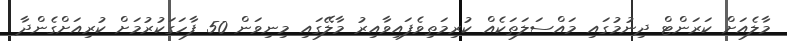
މާލެއަށް ކަރަންޓް ދިނުމުގައި މައްސަލަތަކެއް ކުރިމަތިވެފައިވާއިރު މާލޭގައި މިނިވަން 50 ފާހަގަކުރުމަށް ކުރިއަށްގެންދާ